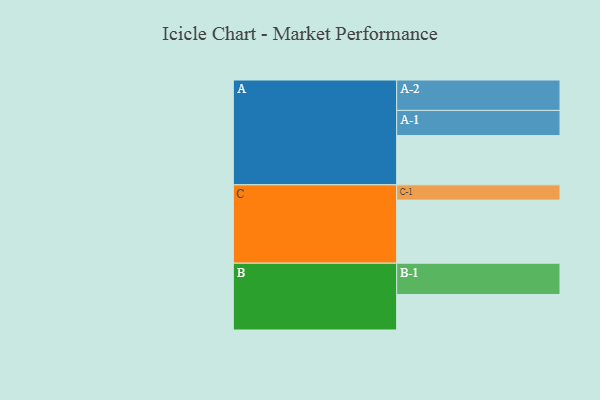
{"axis": {"x": "Segment", "y": "Value"}, "legend": ["", "A", "B", "C"], "data": [{"x": "A", "y": 462, "type": ""}, {"x": "B", "y": 333, "type": ""}, {"x": "C", "y": 592, "type": ""}, {"x": "A-1", "y": 236, "type": "A"}, {"x": "A-2", "y": 285, "type": "A"}, {"x": "B-1", "y": 293, "type": "B"}, {"x": "C-1", "y": 143, "type": "C"}]}